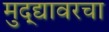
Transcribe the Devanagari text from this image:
मुद्द्यावरचा